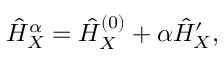
\hat { H } _ { X } ^ { \alpha } = \hat { H } _ { X } ^ { ( 0 ) } + \alpha \hat { H } _ { X } ^ { \prime } ,